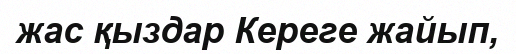
жас қыздар Кереге жайып,